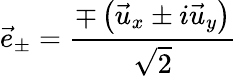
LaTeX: \vec{e}_{\pm}=\frac{\mp\left(\vec{u}_{x}\pm i\vec{u}_{y}\right)}{\sqrt{2}}